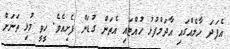
އެފަދަ ހާލެއްގައި އާދަމްފުޅު ހުއްޓައި އެތަން ގުޑަން ފެށިއެވެ. ހީވީ މުޅި ތަނަށް